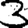
Digit: 3